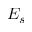
E _ { s }